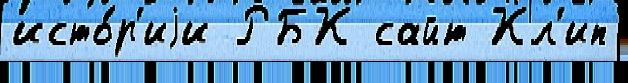
исто́р'иjи РБК сайт Кл'ип